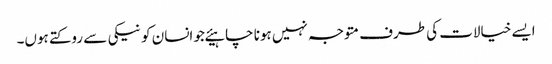
ایسے خیالات کی طرف متوجہ نہیں ہونا چاہیئےجو انسان کو نیکی سے روکتے ہوں۔